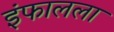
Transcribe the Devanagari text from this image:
इंफालला